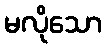
မလိုသော